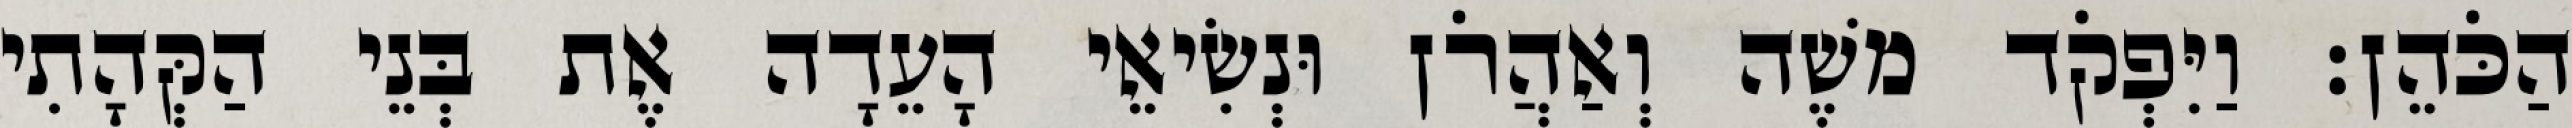
הַכֹּהֵן׃ וַיִּפְקֹד משֶׁה וְאַהֲרֹן וּנְשִׂיאֵי הָעֵדָה אֶת בְּנֵי הַקְּהָתִי